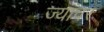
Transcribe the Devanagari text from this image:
ज्यांवर